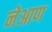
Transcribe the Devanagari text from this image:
नेआण